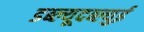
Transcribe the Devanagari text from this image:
डब्ल्यूदब्ल्युई